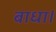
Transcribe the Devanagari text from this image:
बाधा।